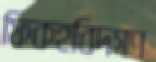
ফিকহবিদগণ